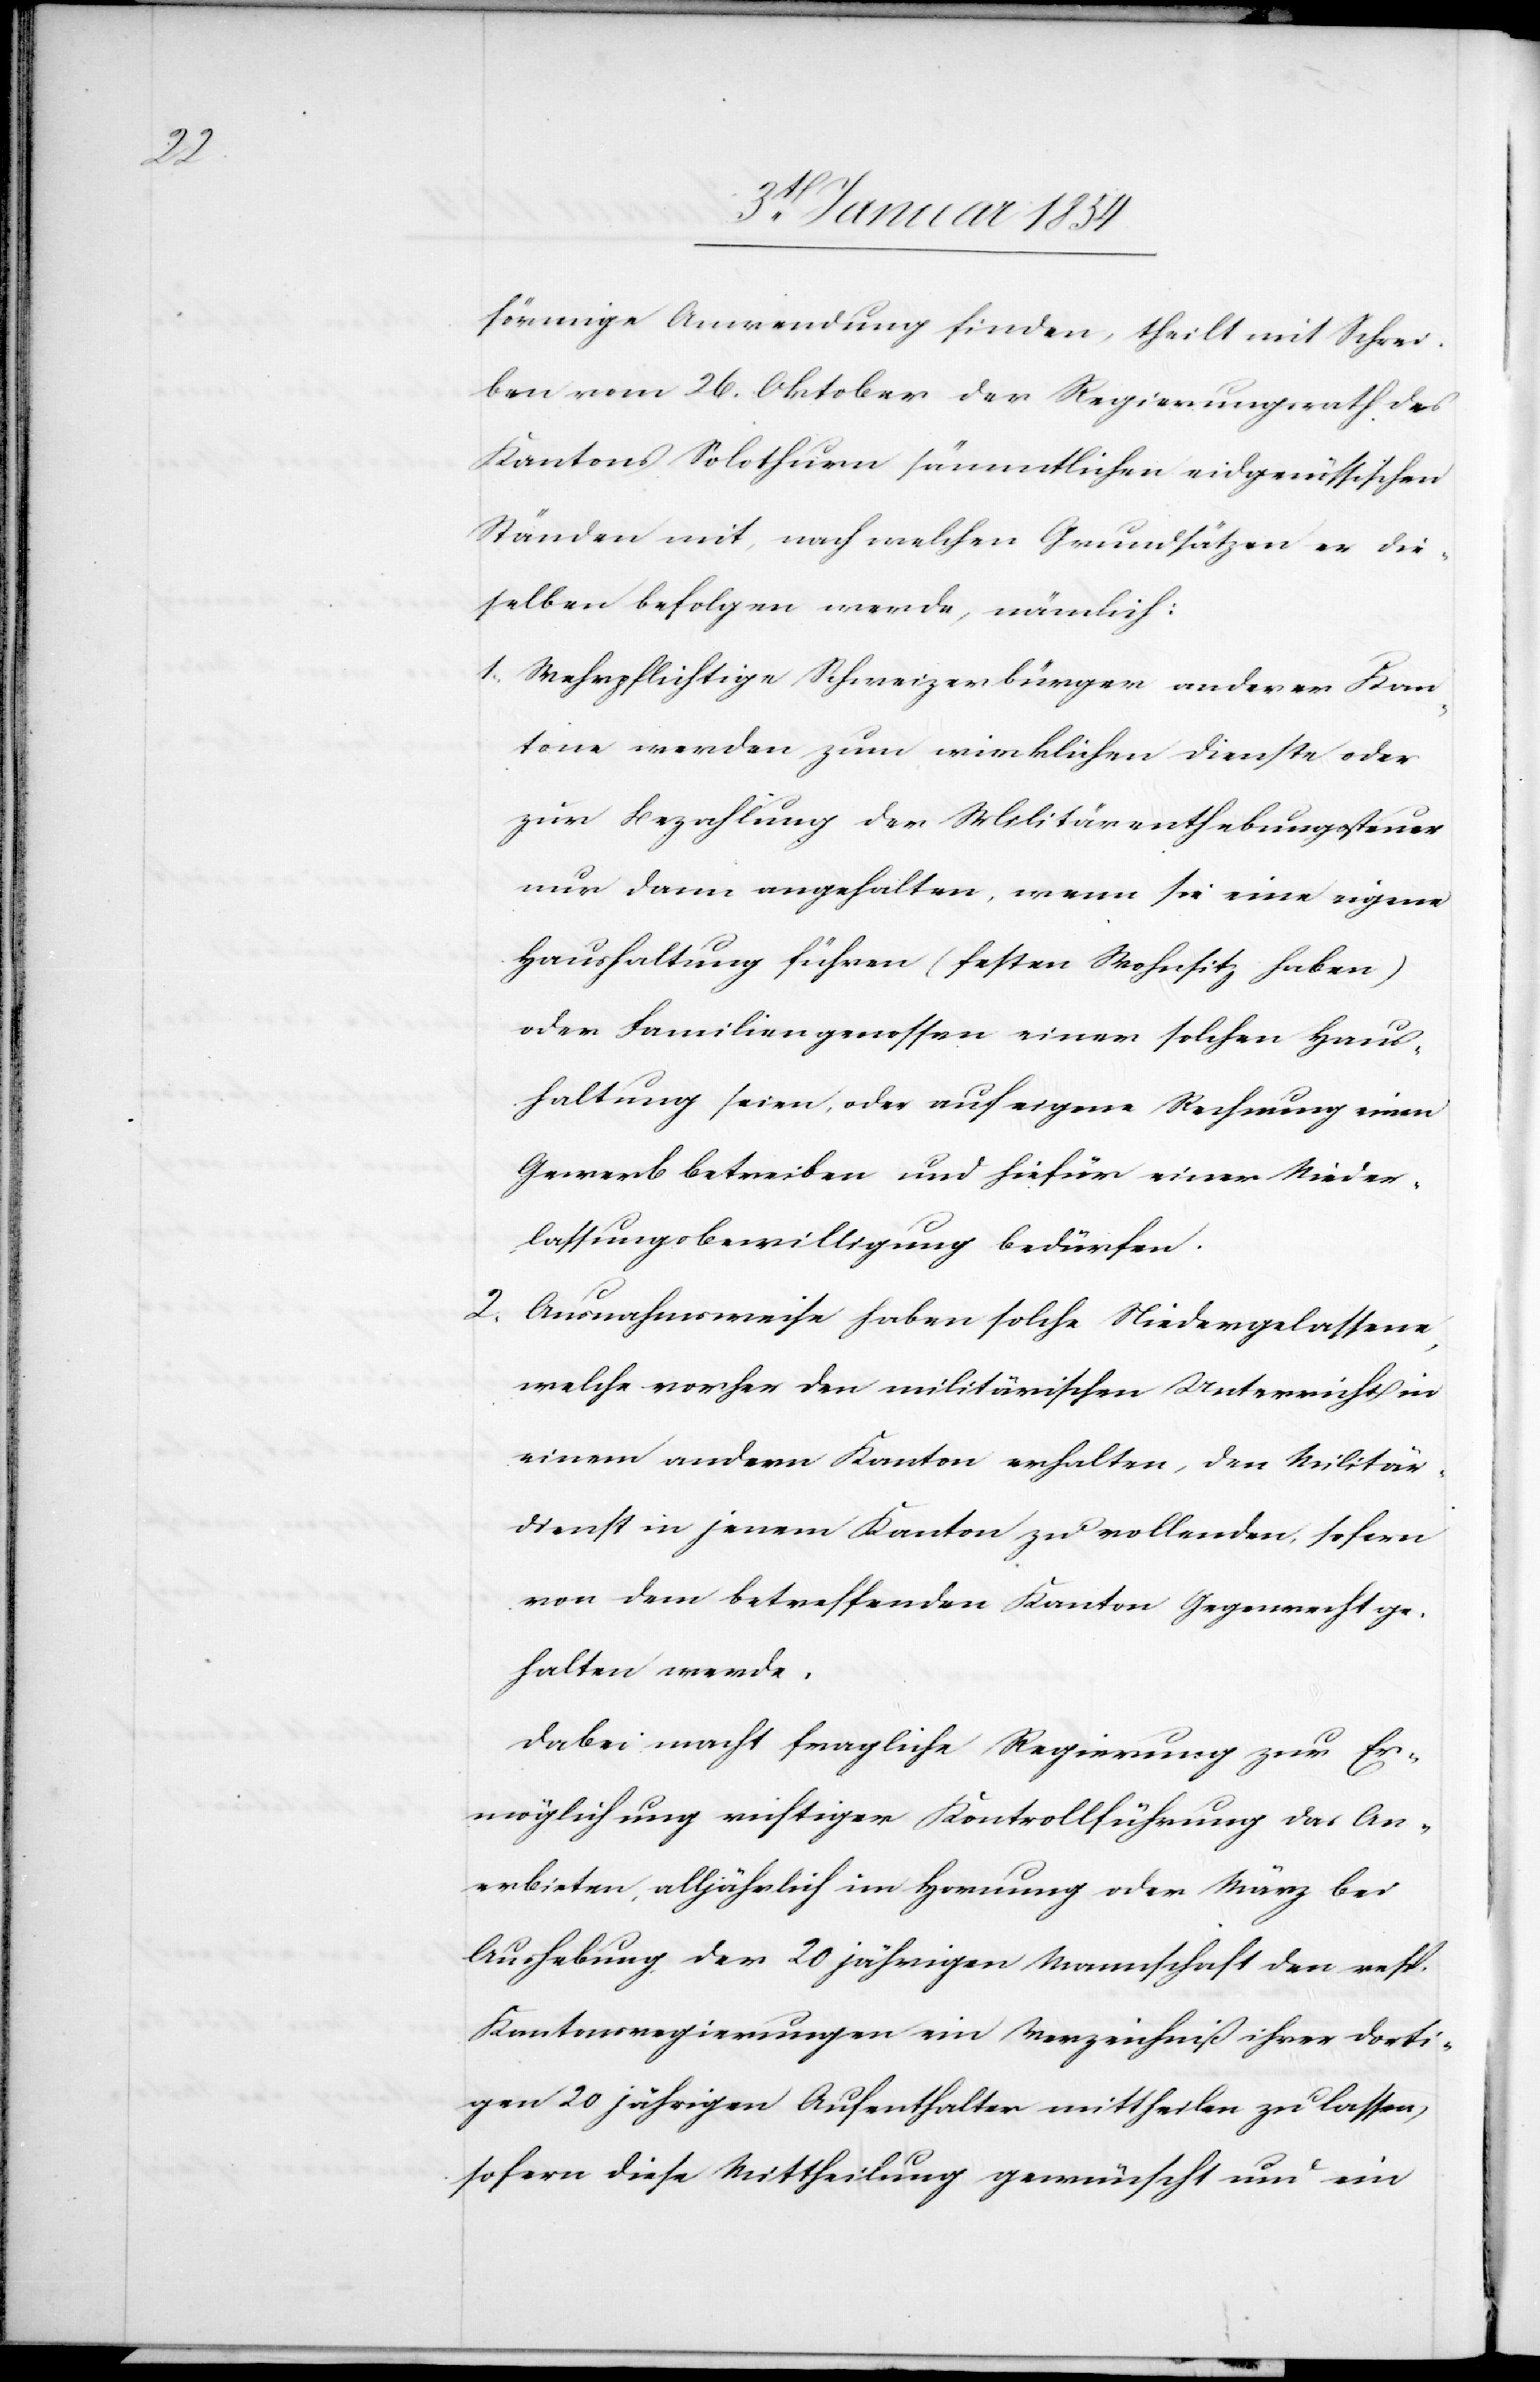
förmige Anwendung finden, theilt mit Schrei¬
ben vom 26. Oktober der Regierungsrath des
Kantons Solothurn sämmtlichen eidgenössischen
Ständen mit, nach welchen Grundsätzen er die¬
selben befolgen werde, nämlich:
1. Wehrpflichtige Schweizerbürger anderer Kan¬
tone werden zum wirklichen Dienste oder
zur Bezahlung der Militärenthebungssteuer
nur dann angehalten, wenn sie eine eigene
Haushaltung führen (festen Wohnsitz haben)
oder Familiengenossen einer solchen Haus¬
haltung seien, oder auf eigene Rechnung einen
Gewerb betreiben und hiefür einer Nieder¬
lassungsbewilligung bedürfen.
2. Ausnahmsweise haben solche Niedergelassene,
welche vorher den militärischen Unterricht in
einem andern Kanton erhalten, den Militär¬
dienst in jenem Kanton zu vollenden, sofern
von dem betreffenden Kanton Gegenrecht ge¬
halten werde.
Dabei macht fragliche Regierung zur Er¬
möglichung richtiger Kontrollführung das An¬
erbieten, alljährlich im Hornung oder März bei
Aushebung der 20 jährigen Mannschaft den resp.
Kantonsregierungen ein Verzeichniß ihrer dorti¬
gen 20 jährigen Aufenthalter mittheilen zu lassen,
sofern diese Mittheilung gewünscht und ein